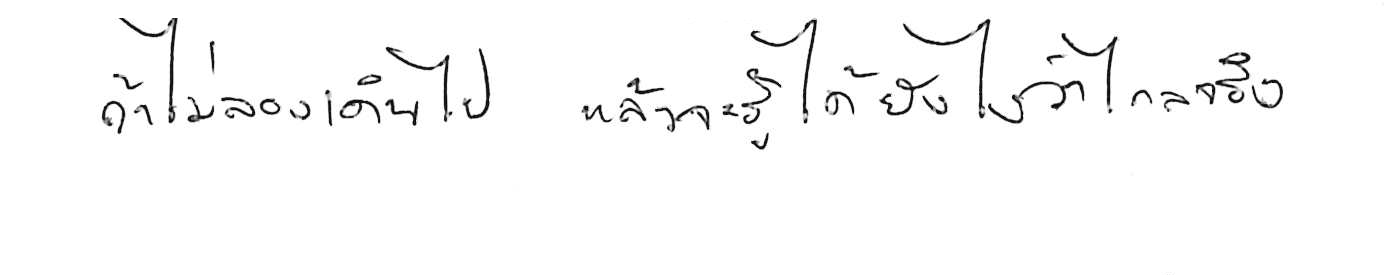
ถ้าไม่ลองเดินไป แล้วจะรู้ได้ยังไงว่าไกลจริง